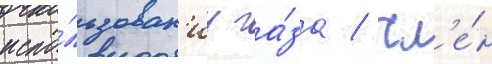
испо́льзован'иу га́за / чл'е́н